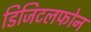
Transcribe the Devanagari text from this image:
डिजिटलफोन